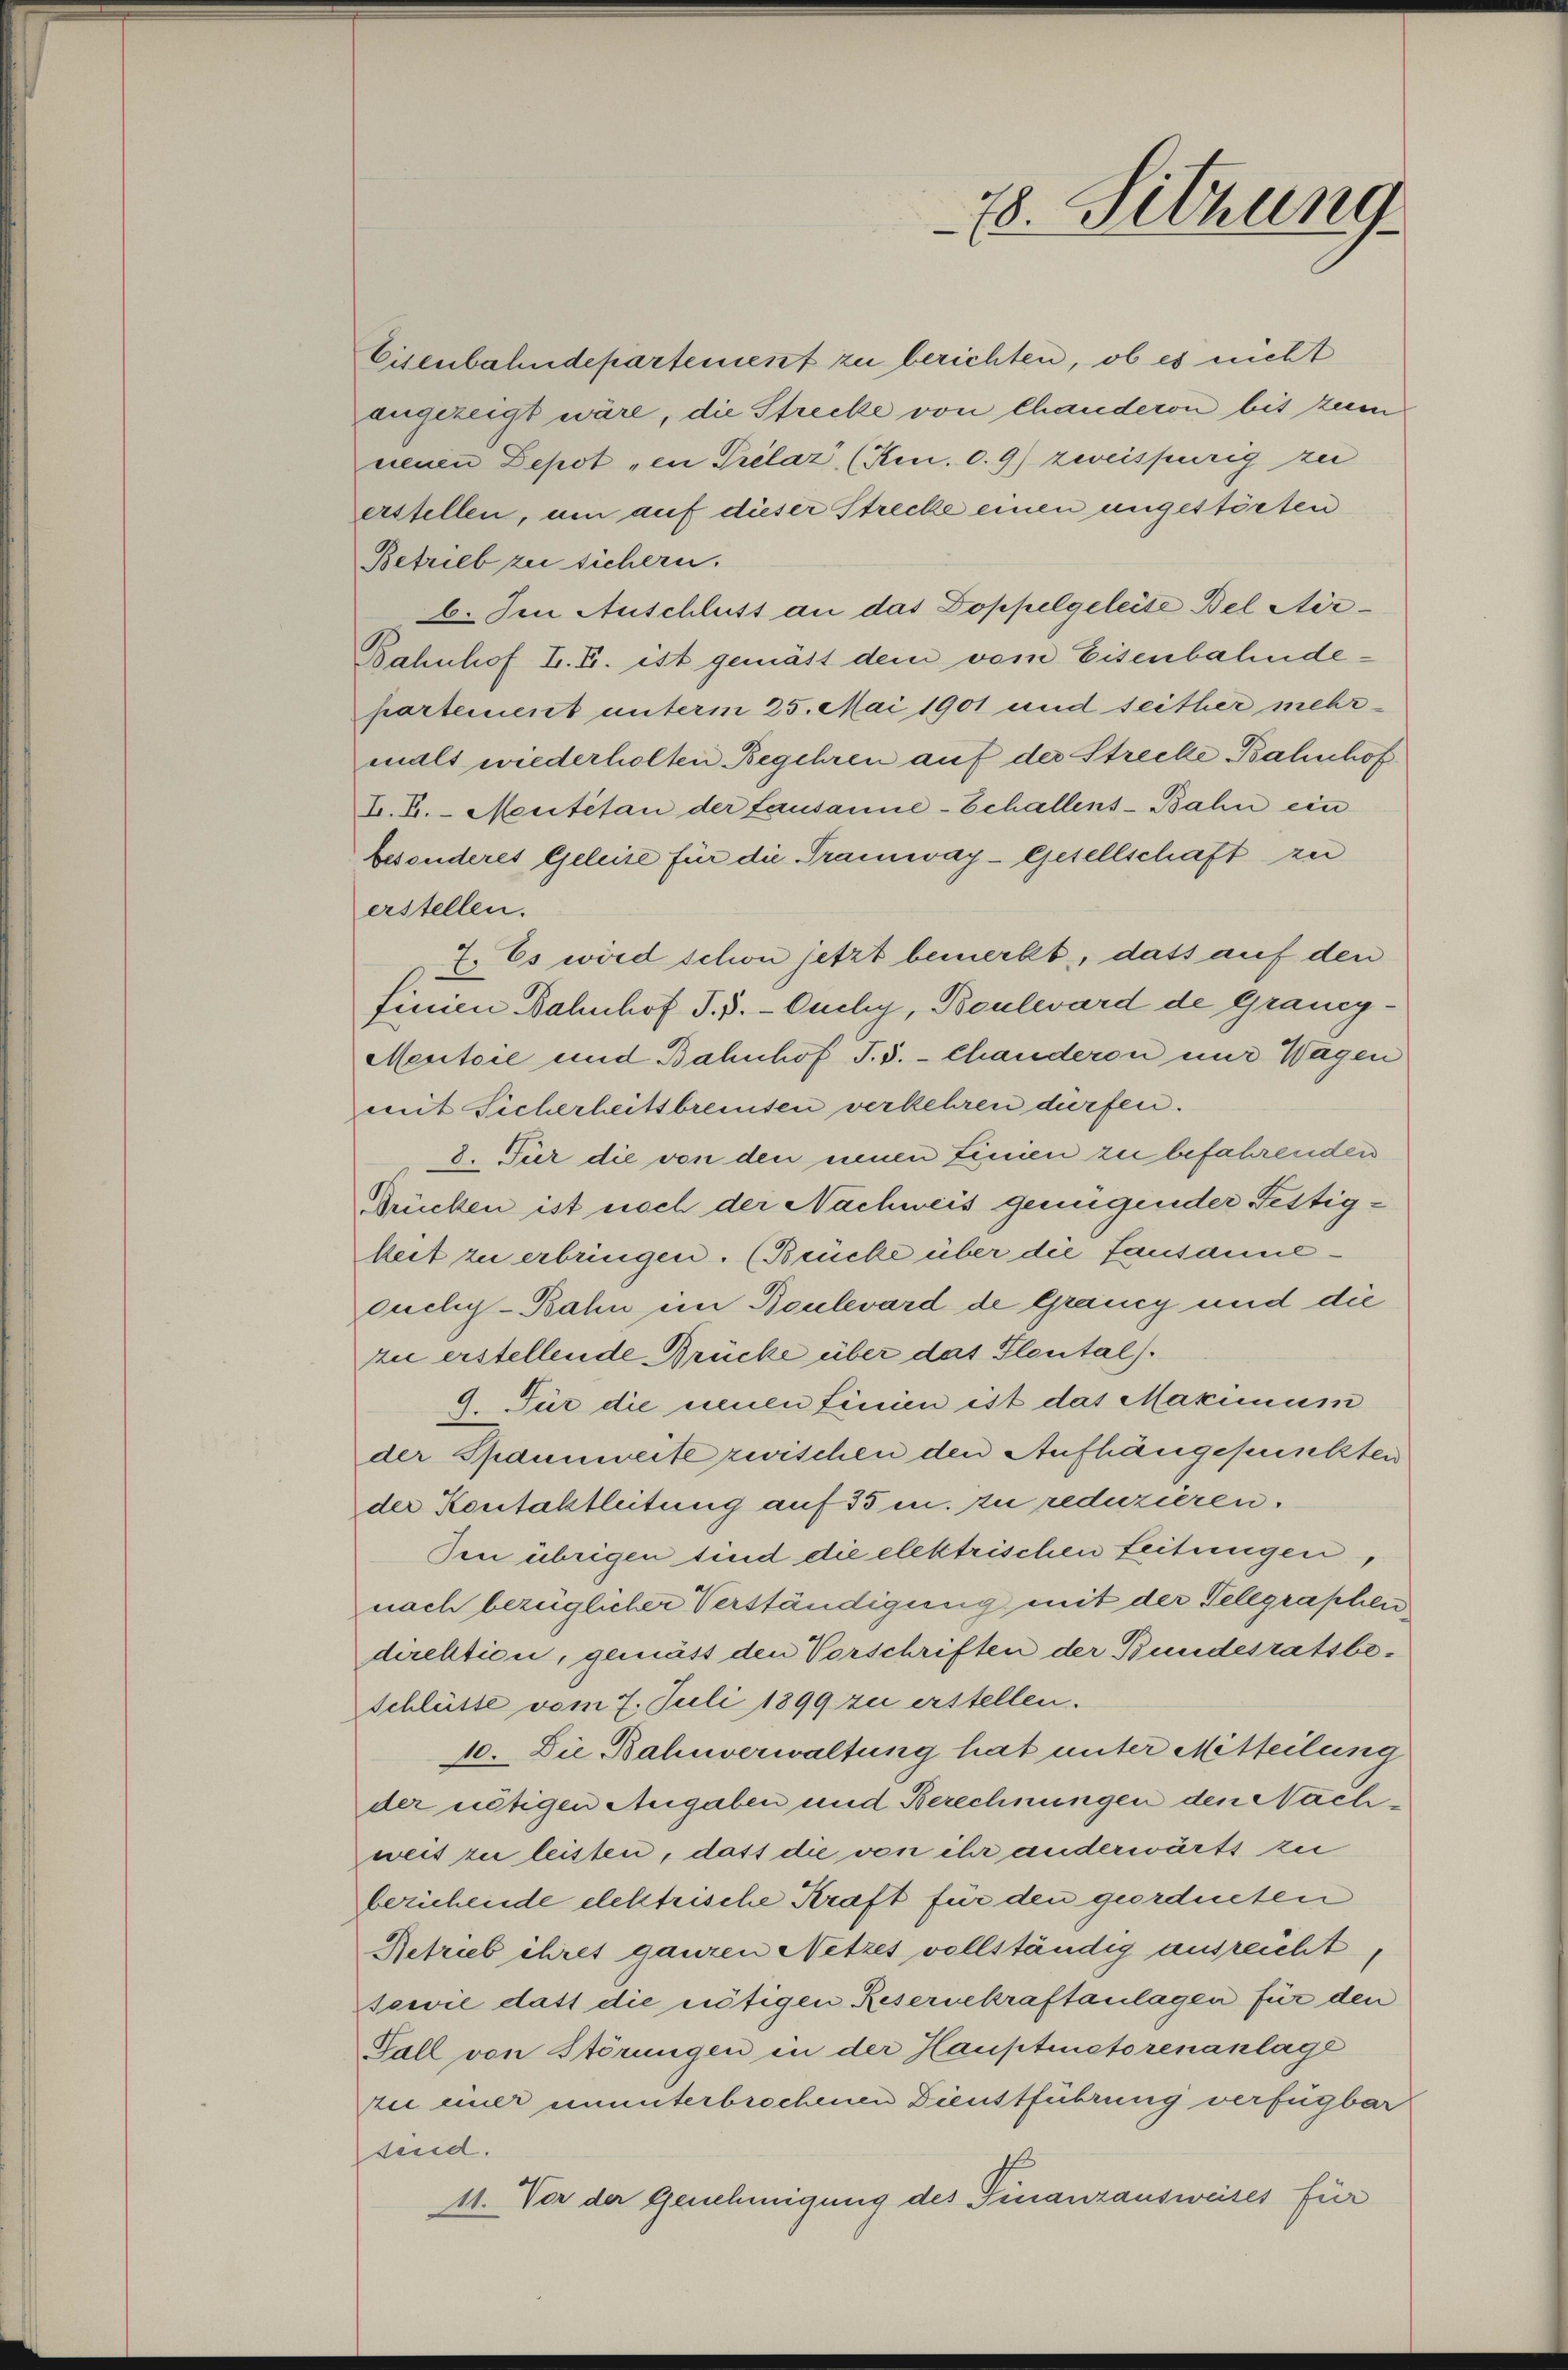
18. Sitzung

Eisenbahndepartement zu berichten, ob es nicht
angezeigt wäre, die Strecke von Chanderon bis zum
nenen Depot „in Prélaz (Kun. c. 9) zweispurig zu
erstellen, um auf dieser Strecke einen ungestörten
Betrieb zu sichern.
6. Im Anschluss an das Doppelgeleite Bel Air¬
Bahnhof I. E. ist gemäss dem vom Eisenbahndehartement unterm 25. Mai 1901 und seither mehrmals wiederholten Begehren auf der Strecke Bahnhof
E. E. Mentitan der Lausanne-Echallens-Bahn ein
besonderes Geleise für die Tramway-Gesellschaft zu
erstellen.
7. Es wird schon jetzt bemerkt, dass auf den
finien Bahnhof I. 3. Ouchy, Boulevard de Graney-
Mentsie und Bahnhof I. 5.- Chanderen nur Wagen
mit Sicherheitsbreisen verkehren dürfen.
8. Für die von den einen Linien zu befahrenden
Drücken ist noch der Nachweis genügender Festigkeit zu erbringen. (Brücke über die Lausannecuchy-Bahn in Boulevard de Grancy und die
zu erstellende Brücke über das Plental).
9. Für die neuen Linien ist das Maximum
der Spannweite zwischen den Aufhängepunckten
der Kontaktleitung auf 35 m. zu reduzieren.
den übrigen sind die elektrischen Leitungen,
nach bezüglicher Verständigung mit der Telegraphen
direktion, gemäss den Vorschriften der Bundesratsbe¬
Schlüsse vom 7. Juli 1899 zu erstellen.
10. Die Bahnverwaltung hat unter Mitteilung
der nötigen Angaben und Berechnungen den Nachweis zu leisten, dass die von ihr anderwärts zu
beziehende elektrische Kraft für den geordneten
Betrieb ihres ganzen Netzes vollständig ausreicht
sowie datt die nötigen Resernekraftanlagen für den
Fall von Störungen in der Hauptmetorenanlage
zu einer ununterbrochenen Dienstführung verfügbar
send.
11. Vor der Genehmigung des Finanzausweises für